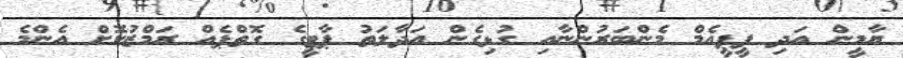
ޔާމީން އަދި ޕީޕީއެމް މެންބަރުންނާއި ގުޅިގެން އަދާލަތު ޕާޓީގެ ގޮތްޕެއް ރަމްޒުކޮށް އެންމެ